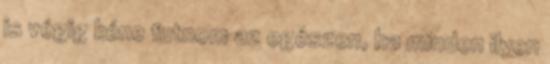
is végig kéne futnom az egészen, ha minden ilyen